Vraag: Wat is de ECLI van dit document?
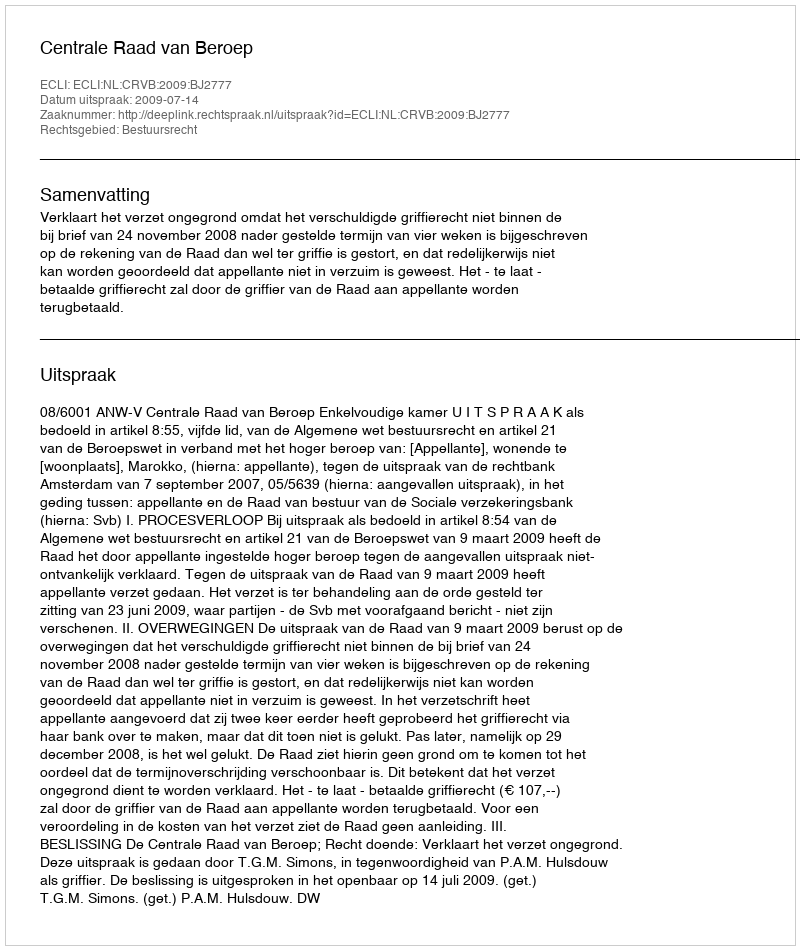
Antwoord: ECLI:NL:CRVB:2009:BJ2777